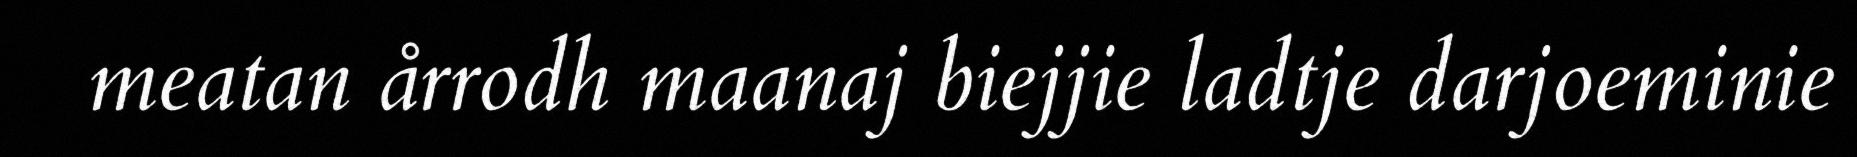
meatan årrodh maanaj biejjie ladtje darjoeminie